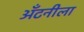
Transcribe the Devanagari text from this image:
अँटनीला